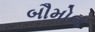
બૌમોલ